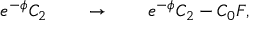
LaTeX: e ^ { - \phi } C _ { 2 } \qquad \rightarrow \qquad e ^ { - \phi } C _ { 2 } - C _ { 0 } F ,